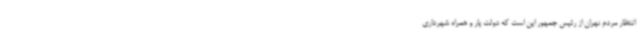
انتظار مردم تهران از رئیس جمهور این است که دولت یار و همراه شهرداری